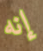
إنه